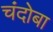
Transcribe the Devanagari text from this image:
चंदोबा